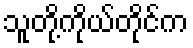
သူတို့ကိုယ်တိုင်က